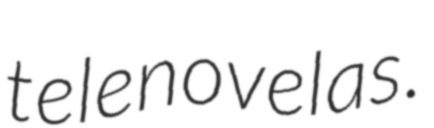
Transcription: telenovelas.